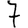
Digit: 7